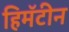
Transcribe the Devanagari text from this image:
हिमॅटीन